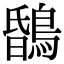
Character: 𪂆